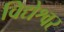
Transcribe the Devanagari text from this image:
विद्येश्वर